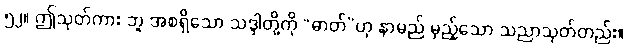
၅၂။ ဤသုတ်ကား ဘူ အစရှိသော သဒ္ဒါတို့ကို “ဓာတ်”ဟု နာမည် မှည့်သော သညာသုတ်တည်း။